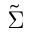
\tilde { \Sigma }